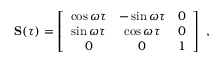
{ \bf \cal S } ( \tau ) = \left[ \begin{array} { c c c } { \cos \omega \tau } & { - \sin \omega \tau } & { 0 } \\ { \sin \omega \tau } & { \cos \omega \tau } & { 0 } \\ { 0 } & { 0 } & { 1 } \end{array} \right] \ ,